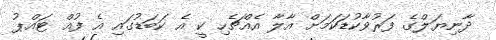
ދާނިޔަލްގެ ފަރުވާކުޑަކަމަށް އާލާ އެއްޗެހި ކީ އެ ކަބަޑުގައި އެ ފުއް ޓައްޕު